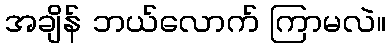
အချိန် ဘယ်လောက် ကြာမလဲ။